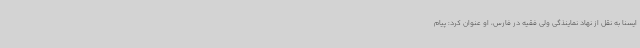
ایسنا به نقل از نهاد نماینذگی ولی فقیه در فارس، او عنوان کرد: پیام